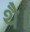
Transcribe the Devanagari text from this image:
थेै।